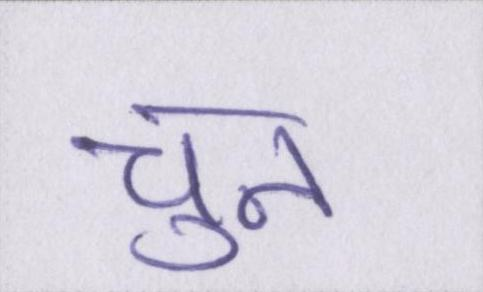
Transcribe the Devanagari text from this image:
चुन